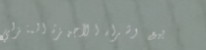
بيع وشراء الأجهزة المنزلي